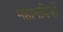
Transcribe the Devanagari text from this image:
महानदियों